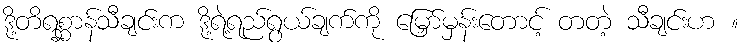
ဒို့တိရစ္ဆာန်သီချင်းက ဒို့ရဲ့ရည်ရွယ်ချက်ကို မြှော်မှန်းတောင့် တတဲ့ သီချင်းဟ ။